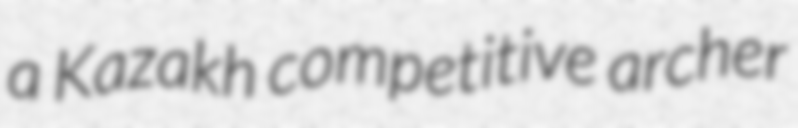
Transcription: a Kazakh competitive archer